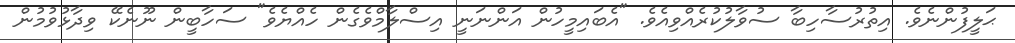
ޙަލީފުންނެވެ. އިތުރުސާހިބާ ސުވާލުކުރެއްވިއެވެ. "އެބައިމީހުން އަންނަނީ އިސްލާމްވެގެން ހެއްޔެވެ" ސަހާބީން ނޫނެކޭ ވިދާޅުވުމުން